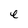
Character: e